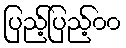
ပြည့်ပြည့်၀၀